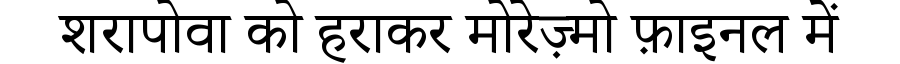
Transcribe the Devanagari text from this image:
शरापोवा को हराकर मोरेज़्मो फ़ाइनल में